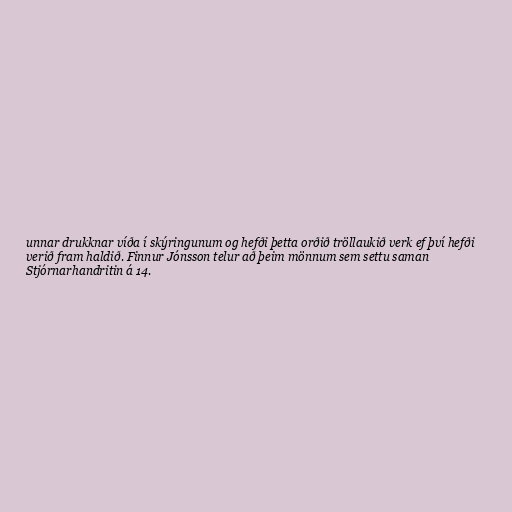
unnar drukknar víða í skýringunum og hefði þetta orðið tröllaukið verk ef því hefði
verið fram haldið. Finnur Jónsson telur að þeim mönnum sem settu saman
Stjórnarhandritin á 14.